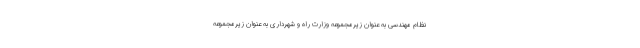
نظام مهندسی به عنوان زیرمجموعه وزارت راه و شهرداری به عنوان زیرمجموعه